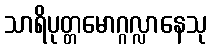
သာရိပုတ္တမောဂ္ဂလ္လာနေသု